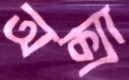
অক্সা